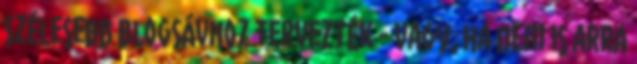
szélesebb blogsávhoz tervezték - vagy, ha nem is arra